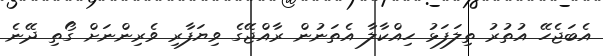
އެބަޖެހޭ އުތުރު ތިލަފަޅު ހިއްކާލާ އެތަނުން ރާއްޖޭގެ ވިޔަފާރި ވެރިންނަށް ގޯތި ދޭނެ